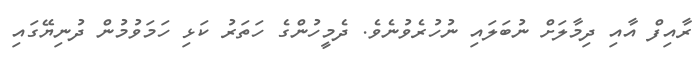
ރާއިފް އާއި ދިމާލަށް ނުބަލައި ނުހުރެވުނެވެ. ދެމީހުންގެ ހަތަރު ކަޅި ހަމަވުމުން ދުނިޔޭގައި